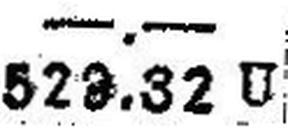
528.32 U